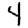
Digit: 4